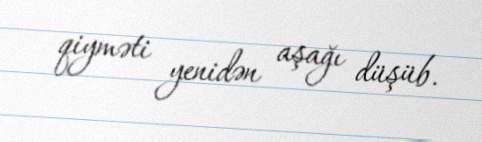
qiyməti yenidən aşağı düşüb.